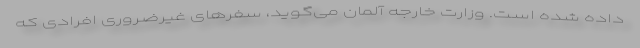
داده شده است. وزارت خارجه آلمان می‌گوید، سفرهای غیرضروری افرادی که